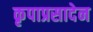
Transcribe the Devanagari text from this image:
कृपाप्रसादेन